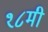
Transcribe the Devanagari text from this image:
१८मी